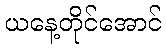
ယနေ့တိုင်အောင်